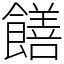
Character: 饍